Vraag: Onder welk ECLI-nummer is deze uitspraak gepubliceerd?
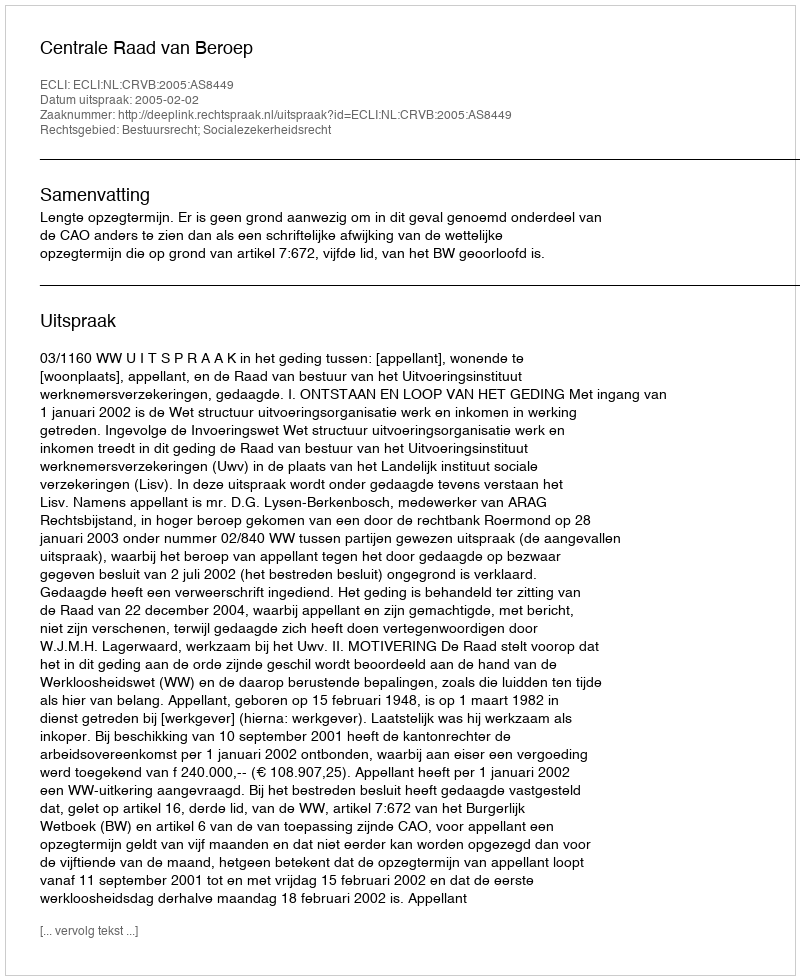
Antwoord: ECLI:NL:CRVB:2005:AS8449